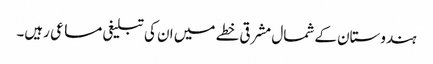
ہندوستان کے شمال مشرقی خطے میں ان کی تبلیغی مساعی رہیں۔